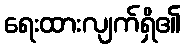
ရေးထားလျက်ရှိ၏